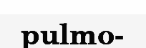
pulmo-